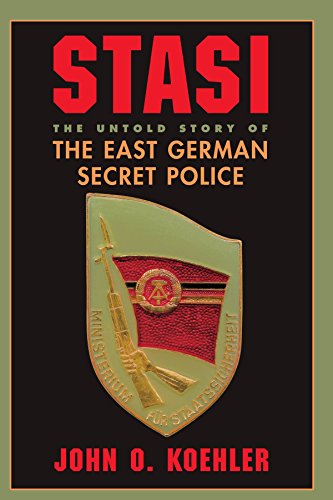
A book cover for Stasi: The Untold Story Of The East German Secret Police; John O Koehler; Law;